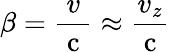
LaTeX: \beta=\frac{v}{\mathrm{~c~}}\approx\frac{v_{z}}{\mathrm{~c~}}